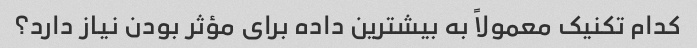
کدام تکنیک معمولاً به بیشترین داده برای مؤثر بودن نیاز دارد؟